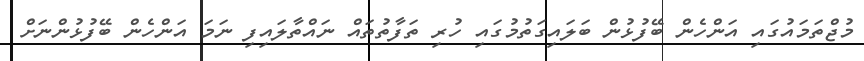
މުޖްތަމައުގައި އަންހެން ބޭފުޅުން ބަލައިގަތުމުގައި ހުރި ތަފާތުތައް ނައްތާލައިފި ނަމަ އަންހެން ބޭފުޅުންނަށް